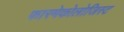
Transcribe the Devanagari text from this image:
फारमेकोलोजिस्ट